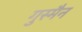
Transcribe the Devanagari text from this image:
गुस्मैन